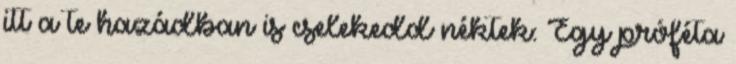
itt a te hazádban is cselekedd néktek: Egy próféta